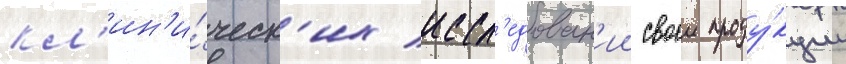
кл'ин'и́ческ'их иссл'едован'ии своеи проду́кции